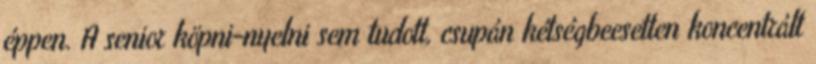
éppen. A senior köpni-nyelni sem tudott, csupán kétségbeesetten koncentrált